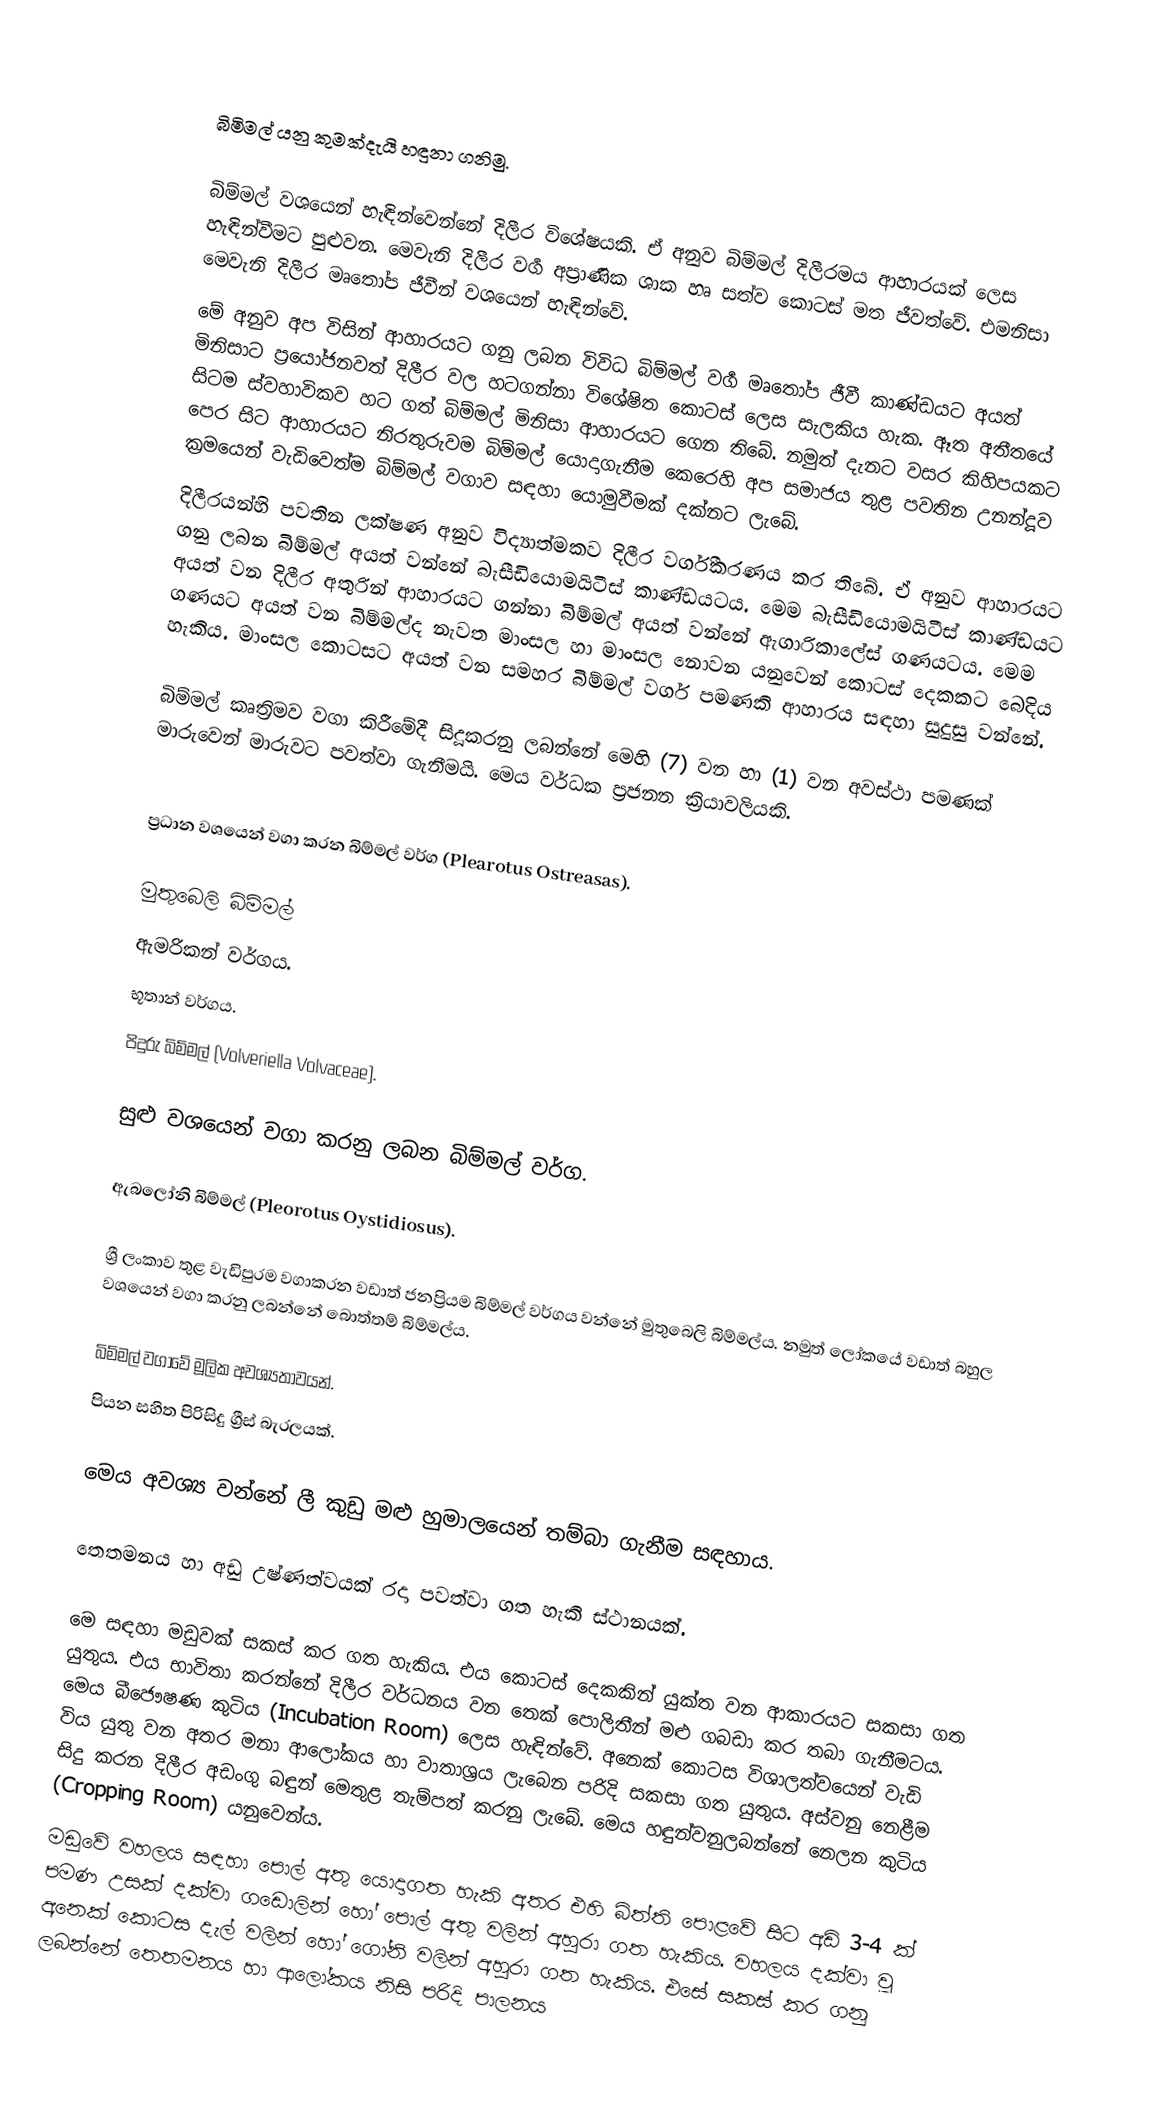

බිමිමල් යනු කුමක්දැයි හඳුනා ගනිමු.

බිම්මල් වශයෙන් හැඳින්වෙන්නේ දිලීර විශේෂයකි. ඒ අනුව බිම්මල් දිලීරමය ආහාරයක් ලෙස හැඳින්වීමට පුළුවන. මෙවැනි දිලීර වගර්‍ අප්‍රාණික ශාක හෘ සත්ව කොටස් මත ජීවත්වේ. එමනිසා මෙවැනි දිලීර මෘතෝප ජීවීන් වශයෙන් හැඳින්වේ.
මේ අනුව අප විසින් ආහාරයට ගනු ලබන විවිධ බිම්මල් වර්‍ග මෘතෝප ජීවී කාණ්ඩයට අයත් මිනිසාට ප්‍රයෝජනවත් දිලීර වල හටගන්නා විශේෂිත කොටස් ලෙස සැලකිය හැක. ඈත අතීතයේ සිටම ස්වහාවිකව හට ගත් බිම්මල් මිනිසා ආහාරයට ගෙන තිබේ. නමුත් දැනට වසර කිහිපයකට පෙර සිට ආහාරයට නිරතුරුවම බිම්මල් යොදාගැනීම කෙරෙහි අප සමාජය තුළ පවතින උනන්දූව ක්‍රමයෙන් වැඩිවෙත්ම බිම්මල් වගාව සඳහා යොමුවීමක් දක්නට ලැබේ.
දිලීරයන්හි පවතින ලක්ෂණ අනුව විද්‍යාත්මකව දිලීර වර්ගීකරණය කර තිබේ. ඒ අනුව ආහාරයට ගනු ලබන බිම්මල් අයත් වන්නේ බැසීඩියොමයිටීස් කාණ්ඩයටය. මෙම බැසීඩියොමයිටීස් කාණ්ඩයට අයත් වන දිලීර අතුරින් ආහාරයට ගන්නා බිම්මල් අයත් වන්නේ ඇගාරිකාලේස් ගණයටය. මෙම ගණයට අයත් වන බිම්මල්ද නැවත මාංසල හා මාංසල නොවන යනුවෙන් කොටස් දෙකකට බෙදිය හැකිය. මාංසල කොටසට අයත් වන සමහර බිම්මල් වර්ග පමණකි ආහාරය සඳහා සුදුසු වන්නේ.

බිම්මල් කෘත්‍රිමව වගා කිරීමේදී සිදූකරනු ලබන්නේ මෙහි (7) වන හා (1) වන අවස්ථා පමණක් මාරුවෙන් මාරුවට පවත්වා ගැනීමයි. මෙය වර්ධක ප්‍රජනන ක්‍රියාවලියකි.

ප්‍රධාන වශයෙන් වගා කරන බිම්මල් වර්ග (Plearotus Ostreasas).

මුතුබෙලි බිම්මල්
ඇමරිකන් වර්ගය.
භූතාන් වර්ගය.
 පිදුරු බිම්මල් (Volveriella Volvaceae).

සුළු වශයෙන් වගා කරනු ලබන බිම්මල් වර්ග.

 ඇබලෝනි බිම්මල් (Pleorotus Oystidiosus).

ශ්‍රී ලංකාව තුළ වැඩිපුරම වගාකරන වඩාත් ජනප්‍රියම බිම්මල් වර්ගය වන්නේ මුතුබෙලි බිම්මල්ය. නමුත් ලෝකයේ වඩාත් බහුල වශයෙන් වගා කරනු ලබන්නේ බොත්තම් බිම්මල්ය.

බිම්මල් වගාවේ මූලික අවශ්‍යතාවයන්.
පියන සහිත පිරිසිදු ග්‍රීස් බැරලයක්.

මෙය අවශ්‍ය වන්නේ ලී කුඩු මළු හුමාලයෙන් තම්බා ගැනීම සඳහාය.‍

 තෙතමනය හා අඩු උෂ්ණත්වයක් රදා පවත්වා ගත හැකි ස්ථානයක්.

‍මෙ සඳහා මඩුවක් සකස් කර ගත හැකිය. එය කොටස් දෙකකින් යුක්ත වන ආකාරයට සකසා ගත යුතුය. එය භාවිතා කරන්නේ දිලීර වර්ධනය වන තෙක් පොලිතීන් මළු ගබඩා කර තබා ගැනීමටය. මෙය බීජෞෂණ කුටිය (Incubation Room) ලෙස හැඳින්වේ. අනෙක් කොටස විශාලත්වයෙන් වැඩි විය යුතු වන අතර මනා ආලෝකය හා වාතාශ්‍රය ලැබෙන පරිදි සකසා ගත යුතුය. අස්වනු නෙළීම සිදු කරන දිලීර අඩංගු බඳුන් මෙතුළ තැම්පත් කරනු ලැබේ. මෙය හඳුන්වනුලබන්නේ නෙලන කුටිය (Cropping Room) යනුවෙන්ය.
මඩුවේ වහලය සඳහා පොල් අතු යොදාගත හැකි අතර එහි බිත්ති පොළවේ සිට අඩි 3-4 ක් පමණ උසක් දක්වා ගඩොලින් හෝ පොල් අතු වලින් අහුරා ගත හැකිය. වහලය දක්වා වූ අනෙක් කොටස දැල් වලින් හෝ ගෝනි වලින් අහුරා ගත හැකිය. එසේ සකස් කර ගනු ලබන්නේ තෙතමනය හා ආලෝකය නිසි පරිදි පාලනය